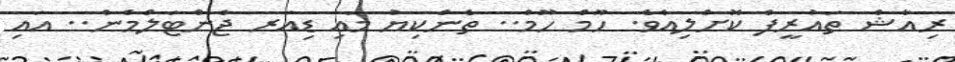
ރިއާޝް ތައުރީފް ކޮށްލިއެވެ. ހޫމް ހޫމް.. ތެންކިޔު މައި ޑިއަރ ޖެންޓަލްމެން.. އައި